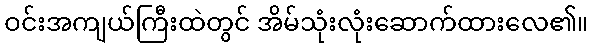
ဝင်းအကျယ်ကြီးထဲတွင် အိမ်သုံးလုံးဆောက်ထားလေ၏။